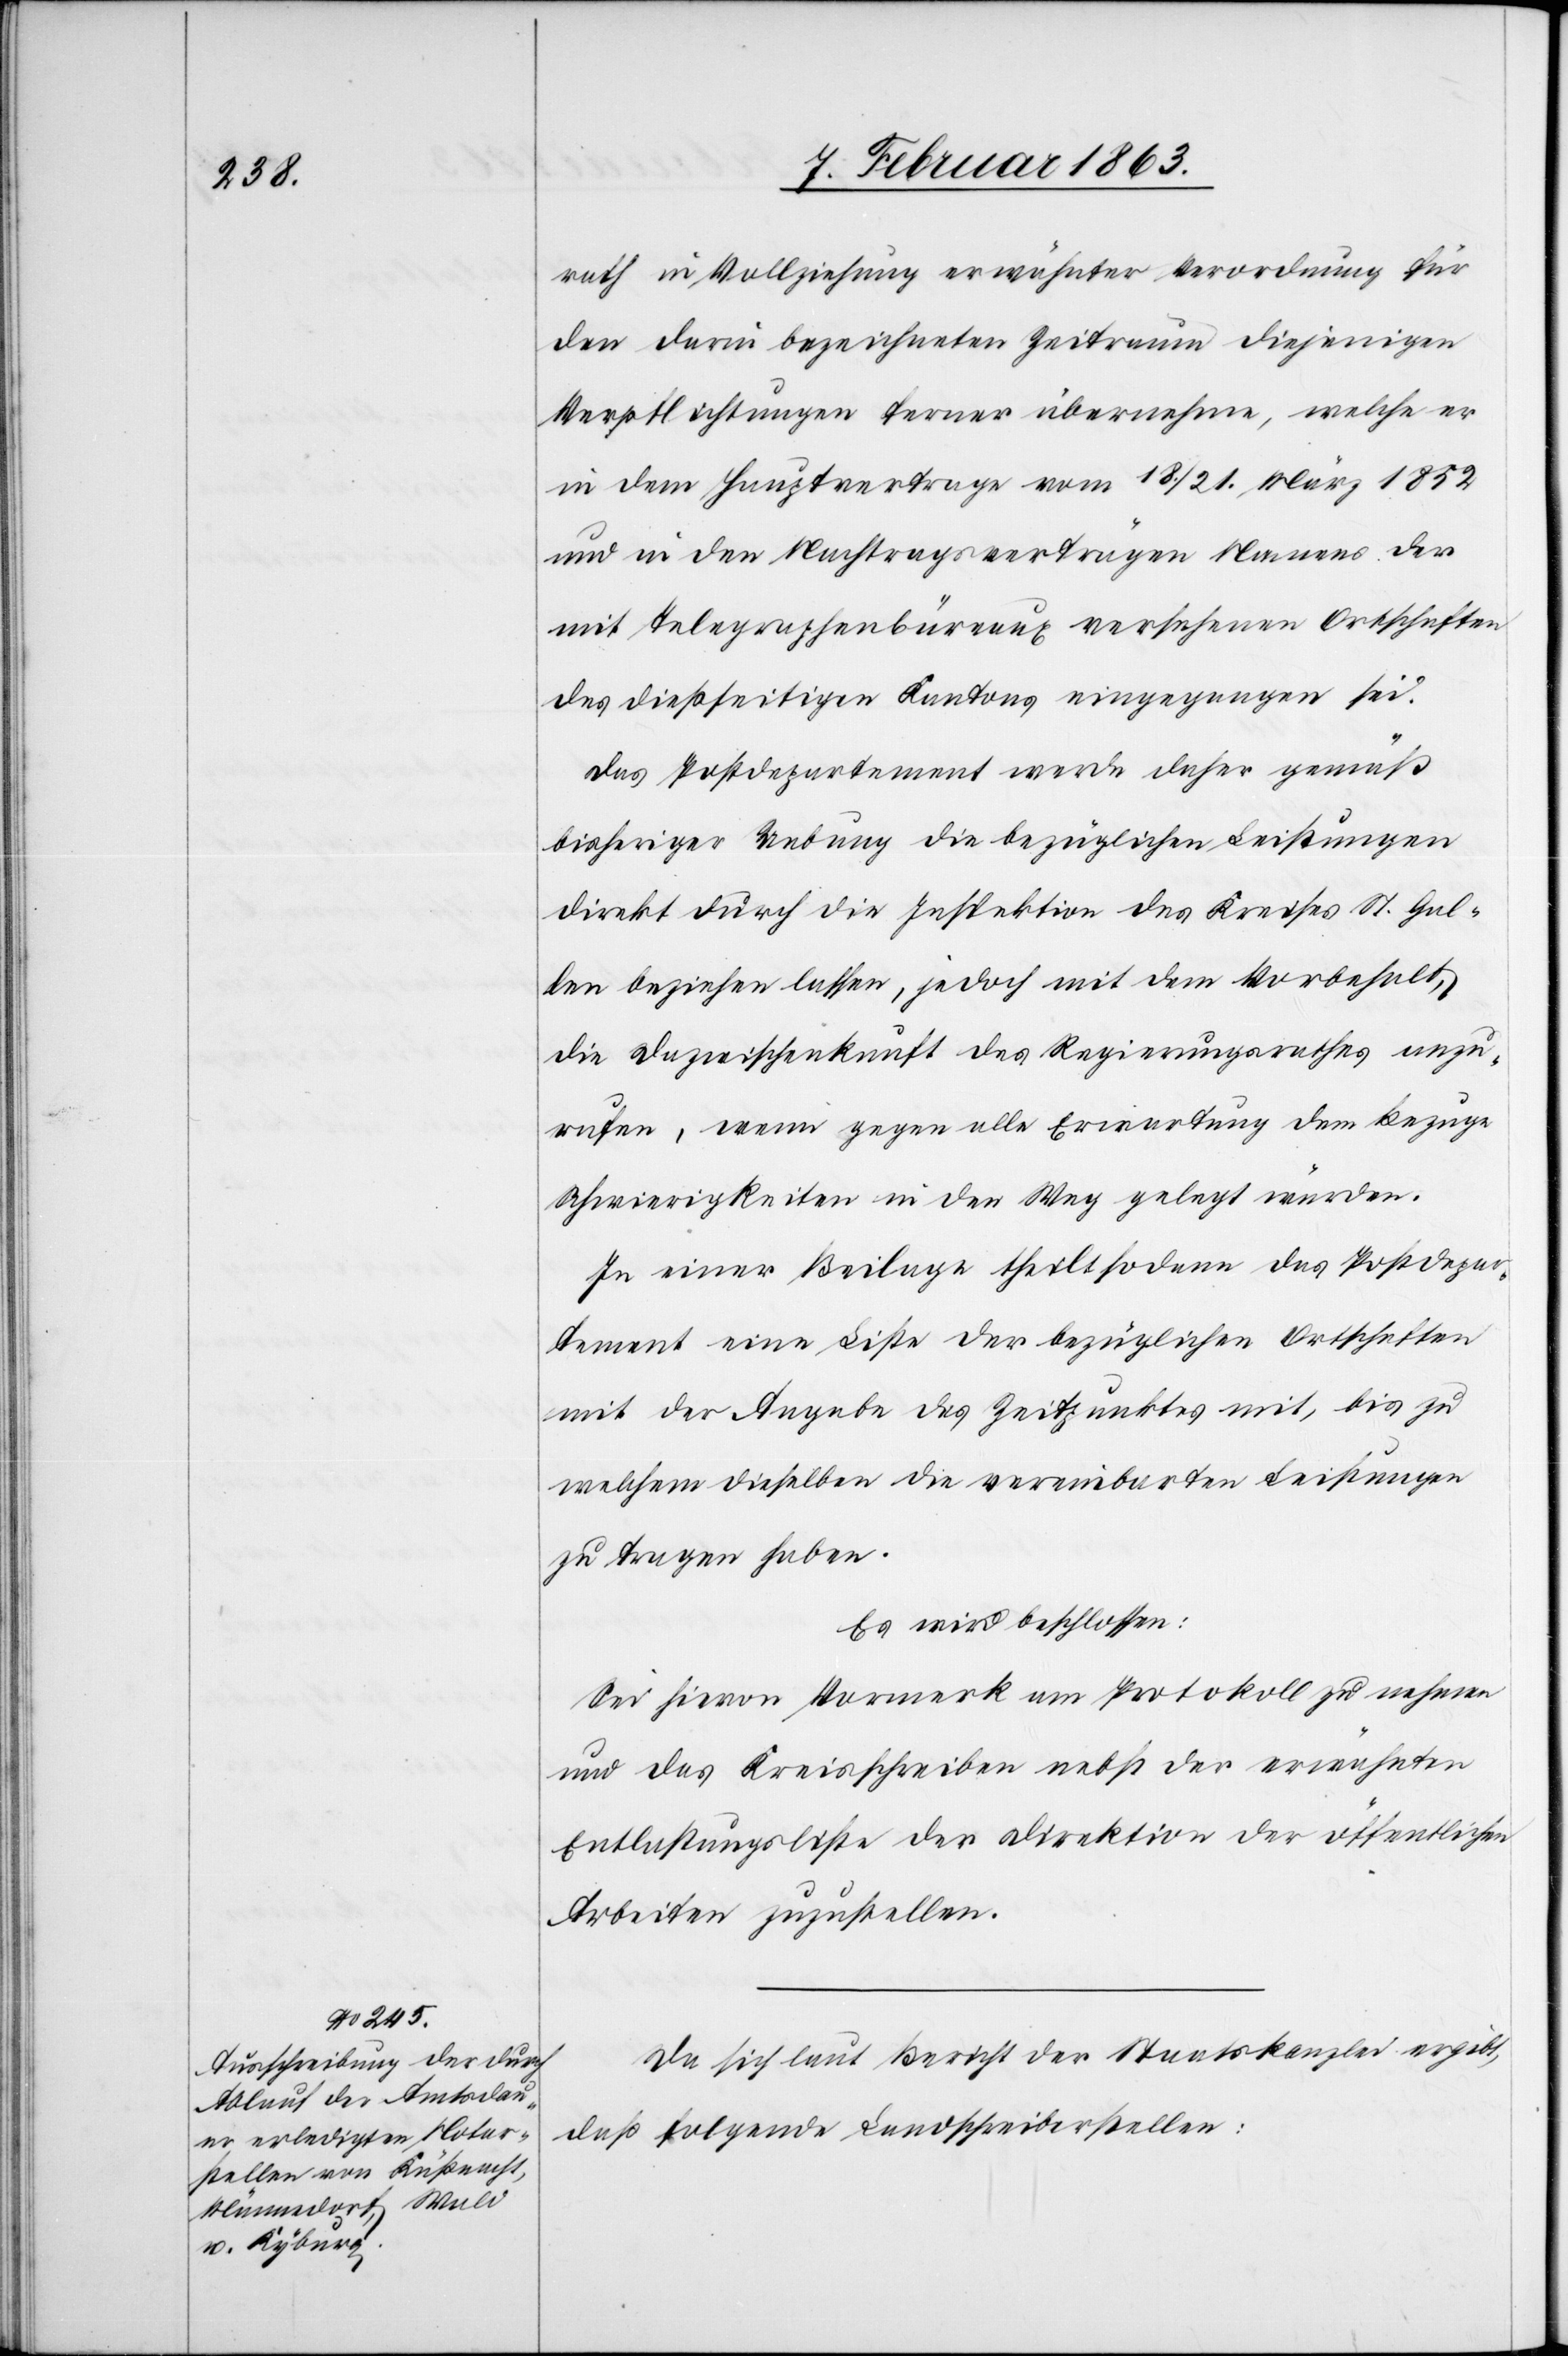
rath in Vollziehung erwähnter Verordnung für
den darin bezeichneten Zeitraum diejenigen
Verpflichtungen ferner übernehme, welche er
in dem Hauptvertrage vom 18./21. März 1852
und in den Nachtragsverträgen Namens der
mit Telegraphenbüreaux versehenen Ortschaften
des dießseitigen Kantons eingegangen sei.
Das Postdepartement werde daher gemäß
bisheriger Uebung die bezüglichen Leistungen
direkt durch die Inspektion des Kreises St. Gal¬
len beziehen lassen, jedoch mit dem Vorbehalt,
die Dazwischenkunft des Regierungsrathes anzu¬
rufen, wenn gegen alle Erwartung dem Bezuge
Schwierigkeiten in den Weg gelegt werden.
In einer Beilage theilt sodann das Postdepar¬
tement eine Liste der bezüglichen Ortschaften
mit der Angabe des Zeitpunktes mit, bis zu
welchem dieselben die vereinbarten Leistungen
zu tragen haben.
Es wird beschlossen:
Sei hievon Vormerk am Protokoll zu nehmen
und das Kreisschreiben nebst der erwähnten
Entlastungsliste der Direktion der öffentlichen
Arbeiten zuzustellen.
Da sich laut Bericht der Staatskanzlei ergibt,
daß folgende Landschreiberstellen: